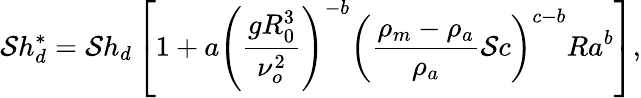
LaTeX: \mathcal{S}h_{d}^{*}=\mathcal{S}h_{d}\left[1+a\left(\frac{{gR_{0}^{3}}}{{\nu_{o}^{2}}}\right)^{-b}\left(\frac{{\rho_{m}-\rho_{a}}}{{\rho_{a}}}\mathcal{S}c\right)^{c-b}Ra^{b}\right],